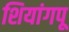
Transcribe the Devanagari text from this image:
शियांगपू